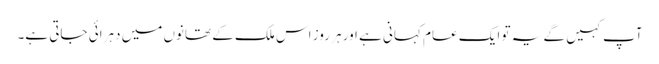
آپ کہیں گے یہ تو ایک عام کہانی ہے اور ہر روز اس ملک کے تھانوں میں دہرائی جاتی ہے۔